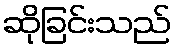
ဆိုခြင်းသည်